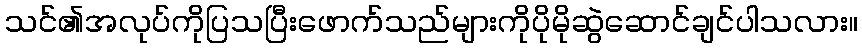
သင်၏အလုပ်ကိုပြသပြီးဖောက်သည်များကိုပိုမိုဆွဲဆောင်ချင်ပါသလား။